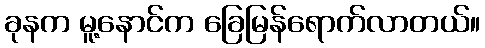
ခုနက မူ့နောင်က ခြေမြန်ရောက်လာတယ်။